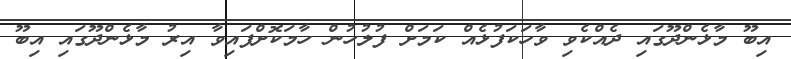
އިބޫ މާޅެންދޫގައި ދެއްކެވި ވާހަަކަފުޅެއް ކަމަށް ފުލުހުން ހާމަކޮށްފައިވާ އިރު މާޅެންދޫގައި އިބޫ